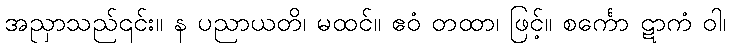
အညှာသည်၎င်း။ န ပညာယတိ၊ မထင်။ ဧဝံ တထာ၊ ဖြင့်။ စင်္ကော ဋာကံ ဝါ၊